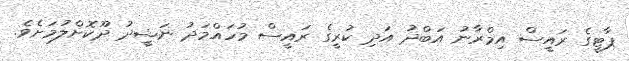
ޕާޓީގެ ރައީސް އިމްރާނު އަބްދު އަދި ކުރީގެ ރައީސް މުހައްމަދު ނަޝީދު ދޫކޮށްލުމަށެވެ.